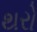
થરો